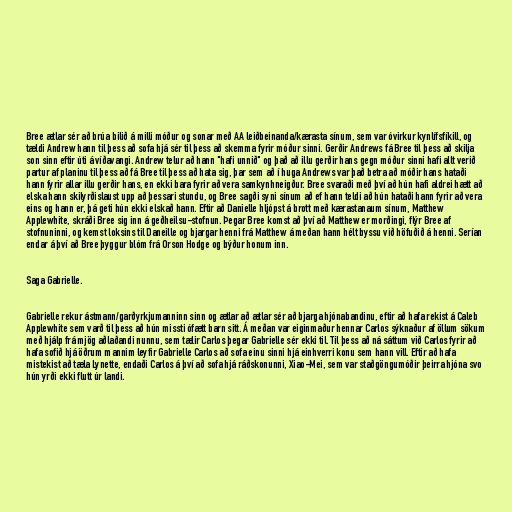
Bree ætlar sér að brúa bilið á milli móður og sonar með AA leiðbeinanda/kærasta sínum, sem var óvirkur kynlífsfíkill, og
tældi Andrew hann til þess að sofa hjá sér til þess að skemma fyrir móður sinni. Gerðir Andrews fá Bree til þess að skilja
son sinn eftir úti á víðavangi. Andrew telur að hann "hafi unnið" og það að illu gerðir hans gegn móður sinni hafi allt verið
partur af planinu til þess að fá Bree til þess að hata sig, þar sem að í huga Andrews var það betra að móðir hans hataði
hann fyrir allar illu gerðir hans, en ekki bara fyrir að vera samkynhneigður. Bree svaraði með því að hún hafi aldrei hætt að
elska hann skilyrðislaust upp að þessari stundu, og Bree sagði syni sínum að ef hann teldi að hún hataði hann fyrir að vera
eins og hann er, þá geti hún ekki elskað hann. Eftir að Danielle hljópst á brott með kærastanaum sínum, Matthew
Applewhite, skráði Bree sig inn á geðheilsu-stofnun. Þegar Bree komst að því að Matthew er morðingi, flýr Bree af
stofnuninni, og kemst loksins til Daneille og bjargar henni frá Matthew á meðan hann hélt byssu við höfuðið á henni. Serían
endar á því að Bree þyggur blóm frá Orson Hodge og býður honum inn.

Saga Gabrielle.

Gabrielle rekur ástmann/garðyrkjumanninn sinn og ætlar að ætlar sér að bjarga hjónabandinu, eftir að hafa rekist á Caleb
Applewhite sem varð til þess að hún missti ófætt barn sitt. Á meðan var eiginmaður hennar Carlos sýknaður af öllum sökum
með hjálp frá mjög aðlaðandi nunnu, sem tælir Carlos þegar Gabrielle sér ekki til. Til þess að ná sáttum við Carlos fyrir að
hafa sofið hjá öðrum mannim leyfir Gabrielle Carlos að sofa einu sinni hjá einhverri konu sem hann vill. Eftir að hafa
mistekist að tæla Lynette, endaði Carlos á því að sofa hjá ráðskonunni, Xiao-Mei, sem var staðgöngumóðir þeirra hjóna svo
hún yrði ekki flutt úr landi.